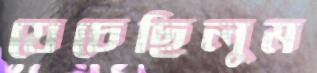
যেচেছিলুম